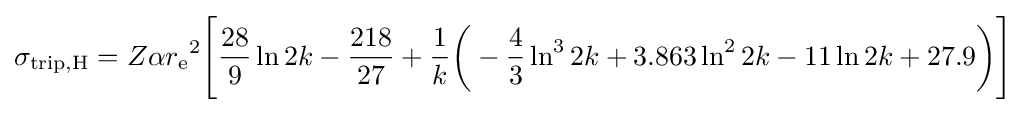
\sigma _{{\text{trip}},{\text{H}}}=Z\alpha {r_{\text{e}}}^{2}{\Biggl [}{\frac {28}{9}}\ln {2k}-{\frac {218}{27}}+{\frac {1}{k}}{\biggl (}-{\frac {4}{3}}\ln ^{3}{2k}+3.863\ln ^{2}{2k}-11\ln {2k}+27.9{\biggr )}{\Biggr ]}